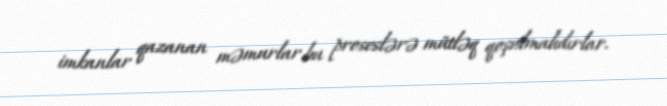
imkanlar qazanan məmurlar bu proseslərə mütləq qoşulmalıdırlar.